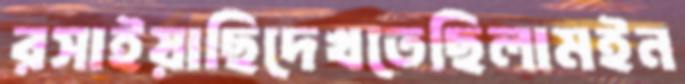
রসাইয়াছিদেখতেছিলামইন